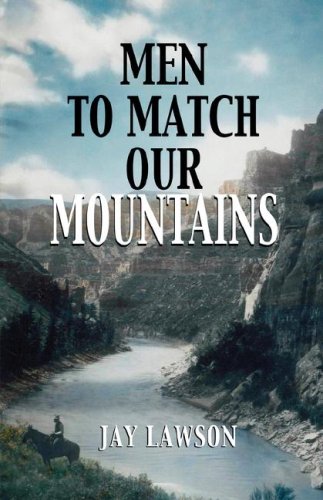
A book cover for Men to Match Our Mountains; Jay Lawson; Biographies & Memoirs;